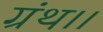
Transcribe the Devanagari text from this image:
ग्रंथ।।